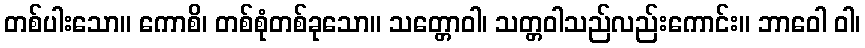
တစ်ပါးသော။ ကောစိ၊ တစ်စုံတစ်ခုသော။ သတ္တောဝါ၊ သတ္တဝါသည်လည်းကောင်း။ ဘာဝေါ ဝါ၊